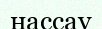
нассау